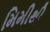
મિમીથી